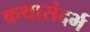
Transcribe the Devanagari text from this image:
कथासंदर्भ